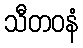
သီတဝနံ